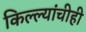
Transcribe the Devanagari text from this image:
किल्ल्यांचीही